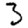
Digit: 3